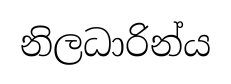
නිලධාරින්ය